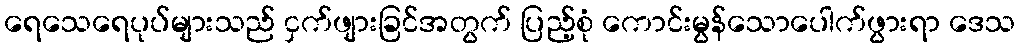
ရေသေရေပုပ်များသည် ငှက်ဖျားခြင်အတွက် ပြည့်စုံ ကောင်းမွန်သောပေါက်ဖွားရာ ဒေသ